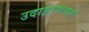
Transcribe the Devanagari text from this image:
उदाहरणवश